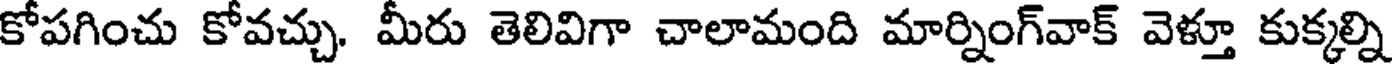
కోపగించు కోవచ్చు. మీరు తెలివిగా చాలామంది మార్నింగ్వాక్ వెళ్తూ కుక్కల్ని